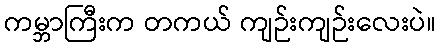
ကမ္ဘာကြီးက တကယ် ကျဉ်းကျဉ်းလေးပဲ။